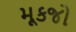
મૂકજો